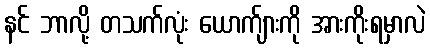
နင် ဘာလို့ တသက်လုံး ယောက်ျားကို အားကိုးရမှာလဲ